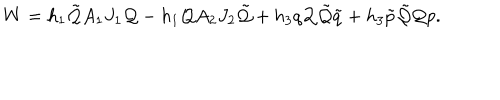
W = h _ { 1 } \tilde { \cal Q } A _ { 1 } J _ { 1 } { \cal Q } - h _ { 1 } { \cal Q } A _ { 2 } J _ { 2 } \tilde { \cal Q } + h _ { 3 } q { \cal Q } \tilde { \cal Q } \tilde { q } + h _ { 3 } \tilde { p } \tilde { \cal Q } { \cal Q } p .